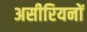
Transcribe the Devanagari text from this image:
असीरियनों